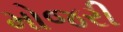
મોજરી